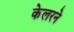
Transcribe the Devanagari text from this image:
केलरने